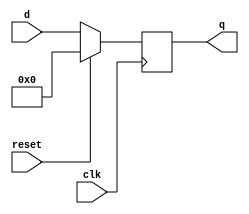
module top_module (
    input clk,
    input reset,            // Synchronous reset
    input [7:0] d,
    output [7:0] q
);

    always @ (posedge clk) begin
        q <= reset ? '0 : d; 
    end
    
    // using if else statement
    // always @ (posedge clk) begin
    //   	if (reset) 
    // 	    	q <= 8'h0;
    //   	else 
    //	    	q <= d;
    // end
    
endmodule